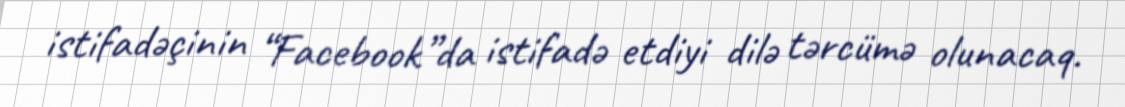
istifadəçinin “Facebook”da istifadə etdiyi dilə tərcümə olunacaq.